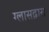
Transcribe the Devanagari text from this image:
ग्लासद्वारा